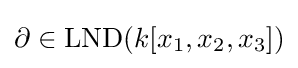
\partial \in \operatorname {LND} (k[x_{1},x_{2},x_{3}])